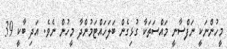
މީހުންނަކީ ނަފްސާނީ މައްސަތަކާ ގުޅިގެން ބަލަހައްޓަމުންދާ މީހުން ނެވެ. އަދި ބާކީ 39